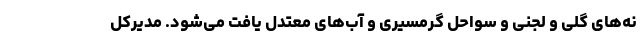
نه‌های گلی و لجنی و سواحل گرمسیری و آب‌های معتدل یافت می‌شود. مدیرکل